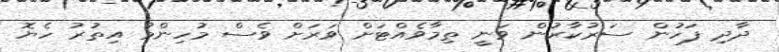
ދާދި ފަހުން ސަރުކާރުން ވަނީ ތިމާވެއްޓަށް ވަރަށް ވެސް މުހިންމު އިތުރު ހެޔޮ